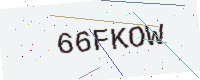
Text: 66FKOW